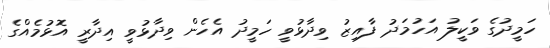
ހަމީދުގެ ވަކީލު އަހުމަދު ފާއިޒު ވިދާޅުވީ ހަމީދު އެހެން ވިދާޅުވީ އިދާރީ އޮޅުމެއްގެ